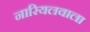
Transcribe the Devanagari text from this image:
नारियलवाला